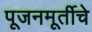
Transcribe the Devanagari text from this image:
पूजनमूर्तीचे